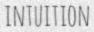
INTUITION